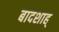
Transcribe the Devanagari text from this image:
बादशाह्